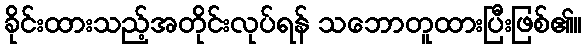
ခိုင်းထားသည့်အတိုင်းလုပ်ရန် သဘောတူထားပြီးဖြစ်၏။